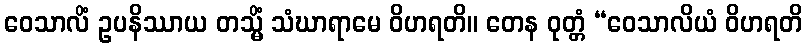
ဝေသာလိံ ဥပနိဿာယ တသ္မိံ သံဃာရာမေ ဝိဟရတိ။ တေန ဝုတ္တံ “ဝေသာလိယံ ဝိဟရတိ